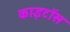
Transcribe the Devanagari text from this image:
काइटॉस